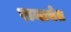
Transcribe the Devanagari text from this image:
राजाचेत